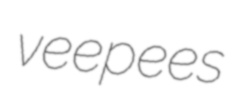
veepees